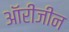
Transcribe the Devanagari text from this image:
ऑरीजीन